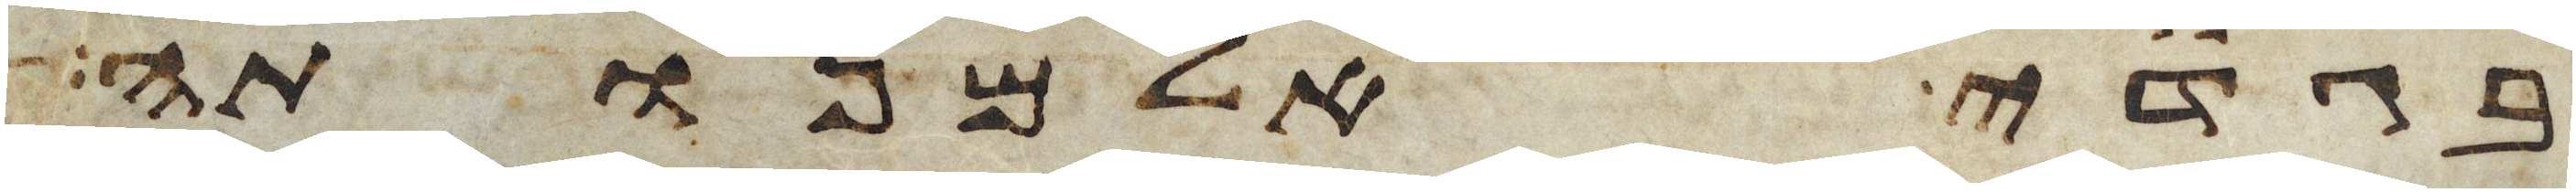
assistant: בגדי אלמנותה